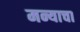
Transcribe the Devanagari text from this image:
मन्याचा